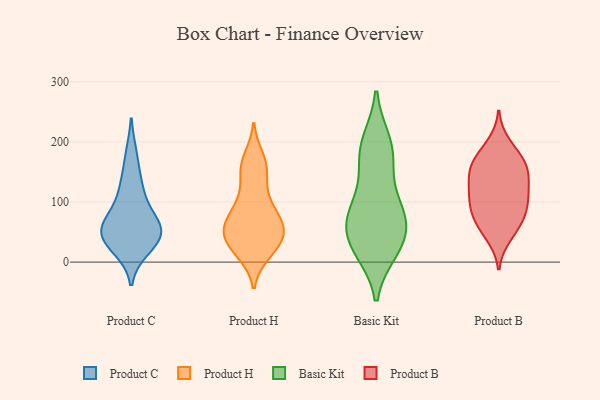
{"axis": {"x": "Shipments", "y": "Value"}, "legend": ["Basic Kit", "Product B", "Product C", "Product H"], "data": [{"x": "", "y": 43, "type": "Product C"}, {"x": "", "y": 115, "type": "Product C"}, {"x": "", "y": 130, "type": "Product C"}, {"x": "", "y": 23, "type": "Product C"}, {"x": "", "y": 56, "type": "Product C"}, {"x": "", "y": 32, "type": "Product C"}, {"x": "", "y": 79, "type": "Product C"}, {"x": "", "y": 44, "type": "Product C"}, {"x": "", "y": 178, "type": "Product C"}, {"x": "", "y": 62, "type": "Product C"}, {"x": "", "y": 57, "type": "Product C"}, {"x": "", "y": 54, "type": "Product H"}, {"x": "", "y": 16, "type": "Product H"}, {"x": "", "y": 74, "type": "Product H"}, {"x": "", "y": 68, "type": "Product H"}, {"x": "", "y": 41, "type": "Product H"}, {"x": "", "y": 108, "type": "Product H"}, {"x": "", "y": 17, "type": "Product H"}, {"x": "", "y": 53, "type": "Product H"}, {"x": "", "y": 159, "type": "Product H"}, {"x": "", "y": 57, "type": "Product H"}, {"x": "", "y": 172, "type": "Product H"}, {"x": "", "y": 102, "type": "Product H"}, {"x": "", "y": 50, "type": "Product H"}, {"x": "", "y": 158, "type": "Product H"}, {"x": "", "y": 27, "type": "Product H"}, {"x": "", "y": 80, "type": "Product H"}, {"x": "", "y": 31, "type": "Product H"}, {"x": "", "y": 149, "type": "Product H"}, {"x": "", "y": 28, "type": "Basic Kit"}, {"x": "", "y": 200, "type": "Basic Kit"}, {"x": "", "y": 196, "type": "Basic Kit"}, {"x": "", "y": 161, "type": "Basic Kit"}, {"x": "", "y": 76, "type": "Basic Kit"}, {"x": "", "y": 103, "type": "Basic Kit"}, {"x": "", "y": 73, "type": "Basic Kit"}, {"x": "", "y": 35, "type": "Basic Kit"}, {"x": "", "y": 20, "type": "Basic Kit"}, {"x": "", "y": 175, "type": "Basic Kit"}, {"x": "", "y": 82, "type": "Basic Kit"}, {"x": "", "y": 25, "type": "Basic Kit"}, {"x": "", "y": 70, "type": "Basic Kit"}, {"x": "", "y": 153, "type": "Product B"}, {"x": "", "y": 165, "type": "Product B"}, {"x": "", "y": 43, "type": "Product B"}, {"x": "", "y": 163, "type": "Product B"}, {"x": "", "y": 54, "type": "Product B"}, {"x": "", "y": 104, "type": "Product B"}, {"x": "", "y": 123, "type": "Product B"}, {"x": "", "y": 139, "type": "Product B"}, {"x": "", "y": 125, "type": "Product B"}, {"x": "", "y": 179, "type": "Product B"}, {"x": "", "y": 156, "type": "Product B"}, {"x": "", "y": 197, "type": "Product B"}, {"x": "", "y": 94, "type": "Product B"}, {"x": "", "y": 107, "type": "Product B"}, {"x": "", "y": 68, "type": "Product B"}, {"x": "", "y": 84, "type": "Product B"}, {"x": "", "y": 75, "type": "Product B"}]}